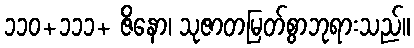
၁၁၀+၁၁၁+ ဇိနော၊ သုဇာတမြတ်စွာဘုရားသည်။